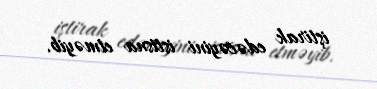
iştirak edəcəyini istisna etməyib.